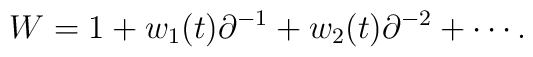
W = 1 + w_1(t) \partial^{-1} + w_2(t) \partial^{-2} + \cdots .